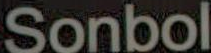
Sonbol